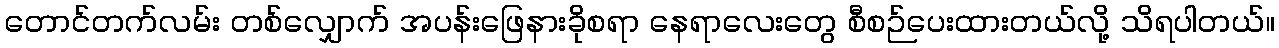
တောင်တက်လမ်း တစ်လျှောက် အပန်းဖြေနားခိုစရာ နေရာလေးတွေ စီစဉ်ပေးထားတယ်လို့ သိရပါတယ်။